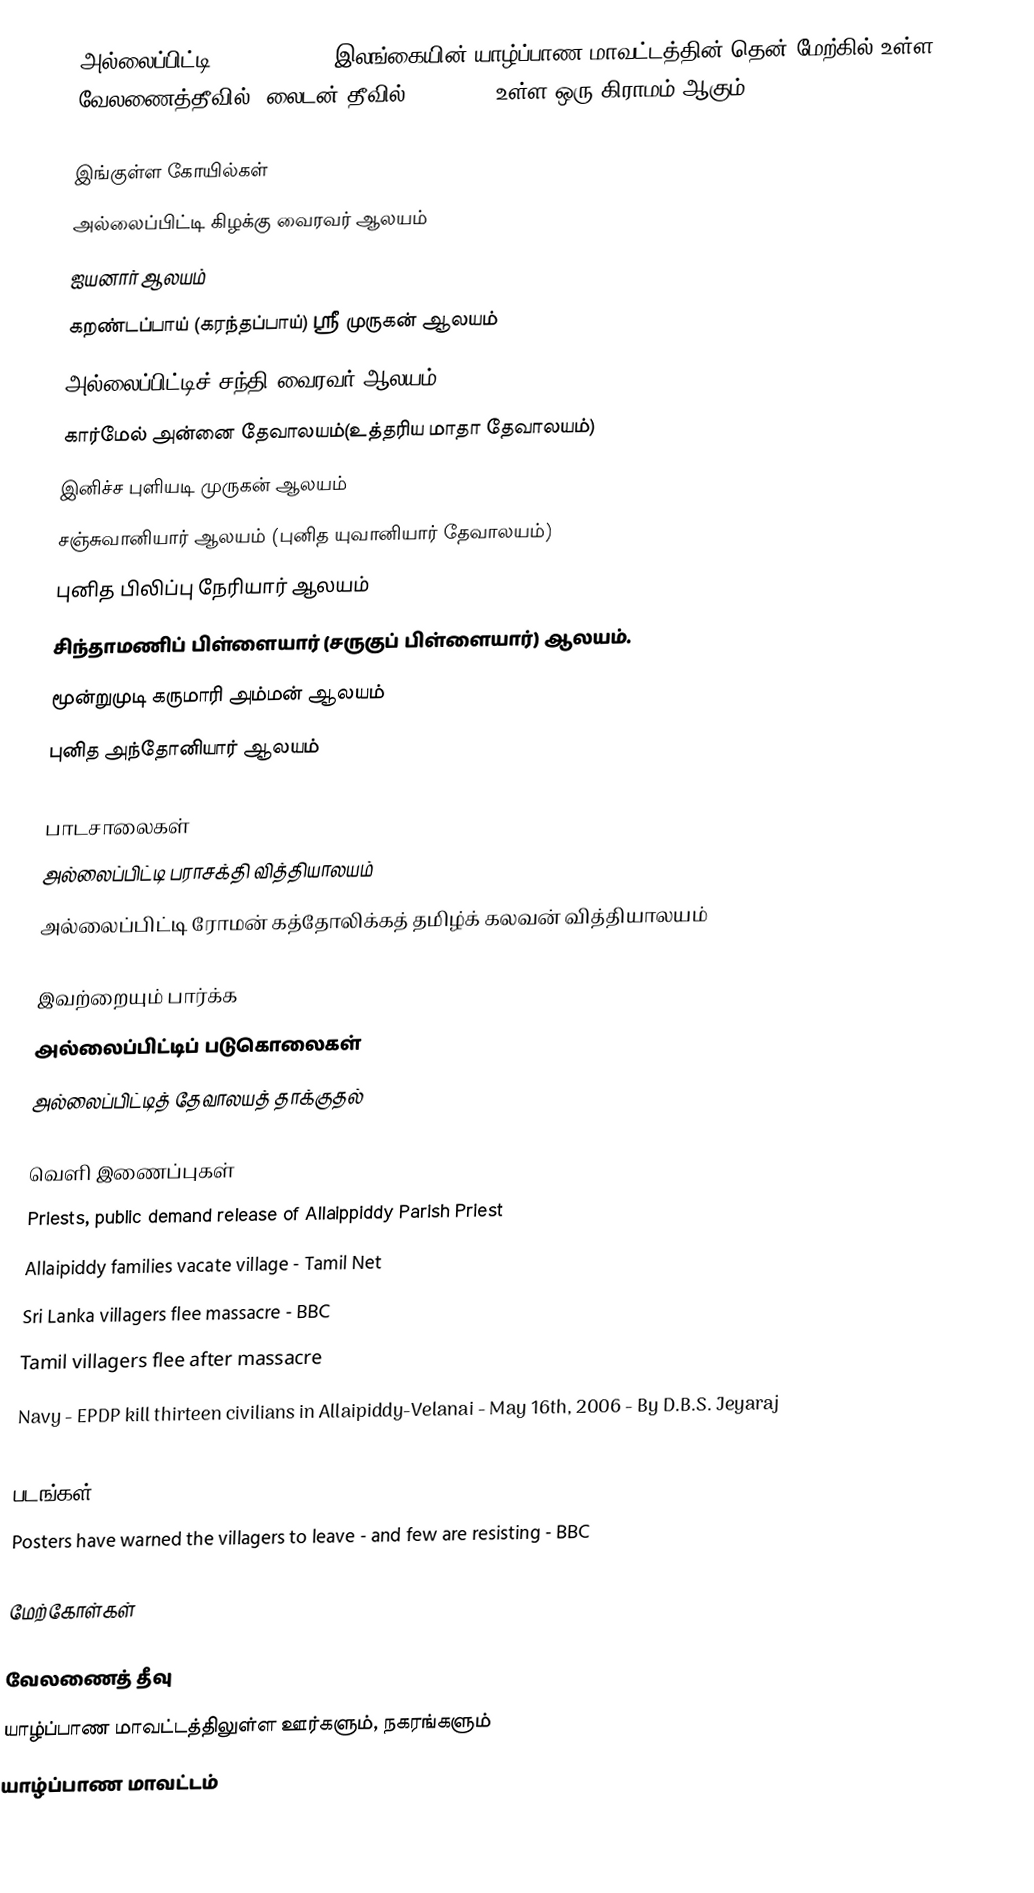
அல்லைப்பிட்டி (Allaippiddy) இலங்கையின் யாழ்ப்பாண மாவட்டத்தின் தென் மேற்கில் உள்ள வேலணைத்தீவில் (லைடன் தீவில் / Leyden) உள்ள ஒரு கிராமம் ஆகும்.

இங்குள்ள கோயில்கள்
அல்லைப்பிட்டி கிழக்கு வைரவர் ஆலயம்
 ஐயனார் ஆலயம் 
கறண்டப்பாய் (கரந்தப்பாய்) ஸ்ரீ முருகன் ஆலயம்
அல்லைப்பிட்டிச் சந்தி வைரவர் ஆலயம்
 கார்மேல் அன்னை தேவாலயம்(உத்தரிய மாதா தேவாலயம்)
இனிச்ச புளியடி முருகன் ஆலயம்
சஞ்சுவானியார் ஆலயம் (புனித யுவானியார் தேவாலயம்)  
புனித பிலிப்பு நேரியார் ஆலயம்
சிந்தாமணிப் பிள்ளையார் (சருகுப் பிள்ளையார்) ஆலயம்.
மூன்றுமுடி கருமாரி அம்மன் ஆலயம்
புனித அந்தோனியார் ஆலயம்

பாடசாலைகள்
அல்லைப்பிட்டி பராசக்தி வித்தியாலயம்
அல்லைப்பிட்டி ரோமன் கத்தோலிக்கத் தமிழ்க் கலவன் வித்தியாலயம்

இவற்றையும் பார்க்க
அல்லைப்பிட்டிப் படுகொலைகள்
அல்லைப்பிட்டித் தேவாலயத் தாக்குதல்

வெளி இணைப்புகள்
 Priests, public demand release of Allaippiddy Parish Priest
 Allaipiddy families vacate village - Tamil Net
 Sri Lanka villagers flee massacre - BBC
 Tamil villagers flee after massacre
 Navy - EPDP kill thirteen civilians in Allaipiddy-Velanai - May 16th, 2006 - By D.B.S. Jeyaraj
 Allaipiddy people beg for their right to life - Peace Secretariat - LTTE
 படங்கள்
 Posters have warned the villagers to leave - and few are resisting - BBC

மேற்கோள்கள்

வேலணைத் தீவு
யாழ்ப்பாண மாவட்டத்திலுள்ள ஊர்களும், நகரங்களும்
யாழ்ப்பாண மாவட்டம்